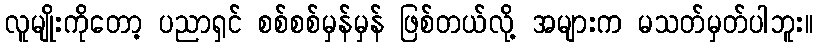
လူမျိုးကိုတော့ ပညာရှင် စစ်စစ်မှန်မှန် ဖြစ်တယ်လို့ အများက မသတ်မှတ်ပါဘူး။